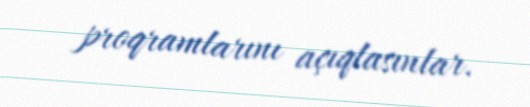
proqramlarını açıqlasınlar.